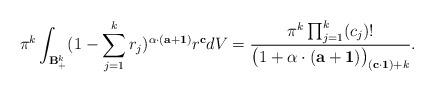
LaTeX: \begin{align*}\pi^k\int_{\mathbf B^k_{+}}(1-\sum_{j=1}^{k}r_j)^{\alpha\cdot(\mathbf a+\mathbf 1)}r^{\mathbf c}dV=\frac{\pi^k\prod_{j=1}^{k}(c_j)!}{\big(1+\alpha\cdot(\mathbf a +\mathbf 1)\big)_{(\mathbf c\cdot\mathbf 1)+k}}.\end{align*}